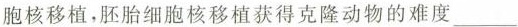
胞核移植，胚胎细胞核移植获得克隆动物的难度___